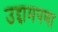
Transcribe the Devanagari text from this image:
उद्दामपणा